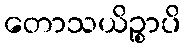
တောသယိဉ္စာပိ